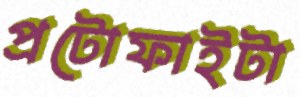
প্রটোফাইটা